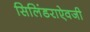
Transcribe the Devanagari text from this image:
सिलिंडराऐवजी